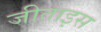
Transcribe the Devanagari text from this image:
जीताइस